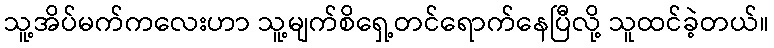
သူ့အိပ်မက်ကလေးဟာ သူ့မျက်စိရှေ့တင်ရောက်နေပြီလို့ သူထင်ခဲ့တယ်။